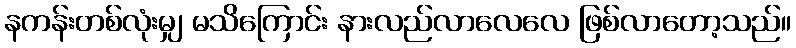
နကန်းတစ်လုံးမျှ မသိကြောင်း နားလည်လာလေလေ ဖြစ်လာတော့သည်။